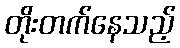
တိုးတက်နေသည့်